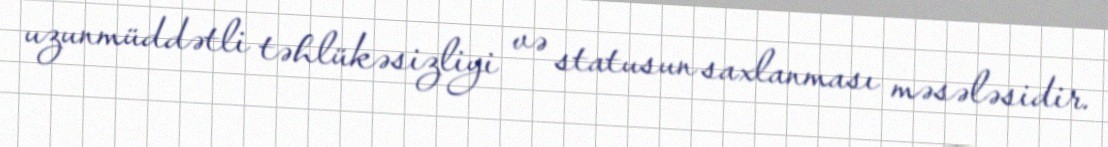
uzunmüddətli təhlükəsizliyi və statusun saxlanması məsələsidir.